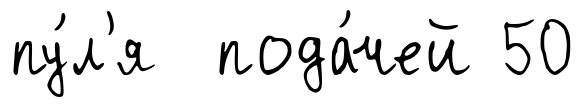
пу́л'я пода́чей 50